Vaccination North-Western Provinces 1866-1877 - 1866-1877
Year: 1866
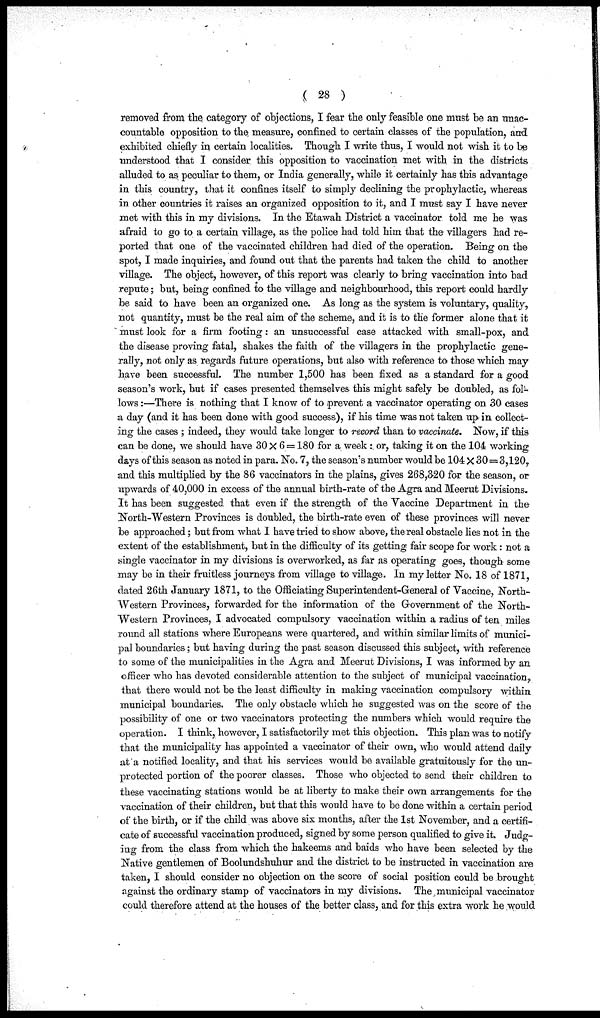
( 28 )
removed from the category of objections, I fear the only feasible one must be an unac-
countable opposition to the measure, confined to certain classes of the population, and
exhibited chiefly in certain localities. Though I write thus, I would not wish it to be
understood that I consider this opposition to vaccination met with in the districts
alluded to as peculiar to them, or India generally, while it certainly has this advantage
in this country, that it confines itself to simply declining the prophylactic, whereas
in other countries it raises an organized opposition to it, and I must say I have never
met with this in my divisions. In the Etawah District a vaccinator told me he was
afraid to go to a certain village, as the police had told him that the villagers had re-
ported that one of the vaccinated children had died of the operation. Being on the
spot, I made inquiries, and found out that the parents had taken the child to another
village. The object, however, of this report was clearly to bring vaccination into bad
repute; but, being confined to the village and neighbourhood, this report could hardly
be said to have been an organized one. As long as the system is voluntary, quality,
not quantity, must be the real aim of the scheme, and it is to the former alone that it
must look for a firm footing: an unsuccessful case attacked with small-pox, and
the disease proving fatal, shakes the faith of the villagers in the prophylactic gene-
rally, not only as regards future operations, but also with reference to those which may
have been successful. The number 1,500 has been fixed as a standard for a good
season's work, but if cases presented themselves this might safely be doubled, as fol-
lows :—There is nothing that I know of to prevent a vaccinator operating on 30 cases
a day (and it has been done with good success), if his time was not taken up in collect-
ing the cases ; indeed, they would take longer to record than to vaccinate. Now, if this
can be done, we should have 30 × 6 = 180 for a week: or, taking it on the 104 working
days of this season as noted in para. No. 7, the season's number would be 104X 30=3,120,
and this multiplied by the 86 vaccinators in the plains, gives 268,320 for the season, or
upwards of 40,000 in excess of the annual birth-rate of the Agra and Meerut Divisions.
It has been suggested that even if the strength of the Vaccine Department in the
North-Western Provinces is doubled, the birth-rate even of these provinces will never
be approached; but from what I have tried to show above, the real obstacle lies not in the
extent of the establishment, but in the difficulty of its getting fair scope for work : not a
single vaccinator in my divisions is overworked, as far as operating goes, though some
may be in their fruitless journeys from village to village. In my letter No. 18 of 1871,
dated 26th January 1871, to the Officiating Superintendent-General of Vaccine, North-
-estern Provinces, forwarded for the information of the Government of the North-
western Provinces, I advocated compulsory vaccination within a radius of ten miles
round all stations where Europeans were quartered, and within similar limits of munici-
pal boundaries; but having during the past season discussed this subject, with reference
to some of the municipalities in the Agra and Meerut Divisions, I was informed by an
officer who has devoted considerable attention to the subject of municipal vaccination.,
that there would not be the least difficulty in making vaccination compulsory within
municipal boundaries. The only obstacle which he suggested was on the score of the
possibility of one or two vaccinators protecting the numbers which would require the
operation. I think, however, I satisfactorily met this objection. This plan was to notify
that the municipality has appointed a vaccinator of their own, who would attend daily
at a notified locality, and that his services would be available gratuitously for the un-
protected portion of the poorer classes. Those who objected to send their children to
these vaccinating stations would be at liberty to make their own arrangements for the
vaccination of their children, but that this would have to be done within a certain period
of the birth, or if the child was above six months, after the 1st November, and a certifi-
cate of successful vaccination produced, signed by some person qualified to give it. Judg-
ing from the class from which the hakeems and baids who have been selected by the
Native gentlemen of Boolundshuhur and the district to be instructed in vaccination are
taken, I should consider no objection on the score of social position could be brought
against the ordinary stamp of vaccinators in my divisions. The municipal vaccinator
could therefore attend at the houses of the better class, and for this extra work he would